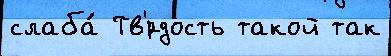
слаба́ Тв'́рдость такой так